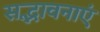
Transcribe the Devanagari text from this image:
सद्भावनाएं